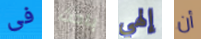
فى باحث إلهي أن